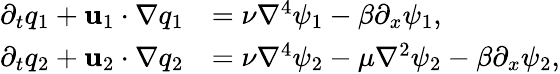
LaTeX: \begin{array}{rl}{\partial_{t}q_{1}+\mathbf{u}_{1}\cdot\nabla q_{1}}&{=\nu\nabla^{4}\psi_{1}-\beta\partial_{x}\psi_{1},}\\ {\partial_{t}q_{2}+\mathbf{u}_{2}\cdot\nabla q_{2}}&{=\nu\nabla^{4}\psi_{2}-\mu\nabla^{2}\psi_{2}-\beta\partial_{x}\psi_{2},}\end{array}